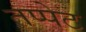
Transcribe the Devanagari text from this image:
तप्पेट